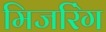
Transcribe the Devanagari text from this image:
मिजरिंग